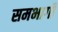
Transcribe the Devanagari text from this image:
समभागी